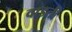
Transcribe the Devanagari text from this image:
वाडती